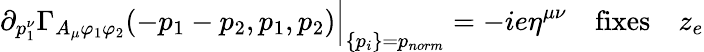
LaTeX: \partial_{p_{1}^{\nu}}\Gamma_{A_{\mu}\varphi_{1}\varphi_{2}}(-p_{1}-p_{2},p_{1},p_{2})\Big|_{\{ p_{i}\} =p_{norm}}=-ie\eta^{\mu\nu}\quad\mathrm{fixes}\quad z_{e}